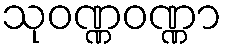
သုဝဏ္ဏဝဏ္ဏာ